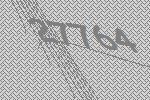
27764